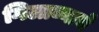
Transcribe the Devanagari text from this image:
गिलाव्याचे